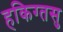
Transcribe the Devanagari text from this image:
हकिग्तसु